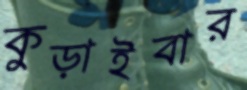
কুড়াইবার